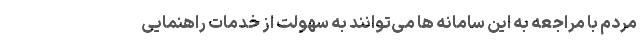
مردم با مراجعه به این سامانه ها می‌توانند به سهولت از خدمات راهنمایی